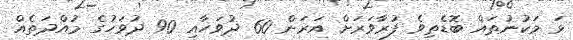
ޅަ މަކުނުތައް ބޮޑެތިވެ ފުރާވަރަށް އަރަން 60 ދުވަހާއި 90 ދުވަހުގެ މުއްދަތެއް